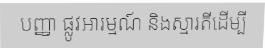
បញ្ញា ផ្លូវអារម្មណ៍ និងស្មារតីដើម្បី